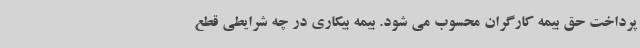
پرداخت حق بیمه کارگران محسوب می شود. بیمه بیکاری در چه شرایطی قطع